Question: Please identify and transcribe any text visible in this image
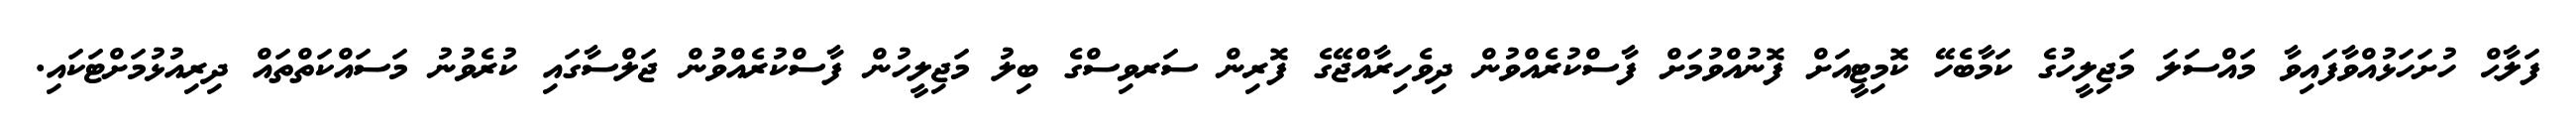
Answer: ފަލާޙް ހުށަހަޅުއްވާފައިވާ މައްސަލަ މަޖިލީހުގެ ކަމާބެހޭ ކޮމިޓީއަށް ފޮނުއްވުމަށް ފާސްކުރެއްވުން ދިވެހިރާއްޖޭގެ ފޮރިން ސަރވިސްގެ ބިލު މަޖިލީހުން ފާސްކުރެއްވުން ޖަލްސާގައި ކުރެވުނު މަސައްކަތްތައް ދިރިއުޅުމަށްޓަކައި.